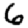
Digit: 6